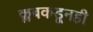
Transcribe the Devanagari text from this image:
क्लबकडूनही